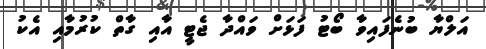
އަލްޔާ ބުނެފައިވާ ބޯޓު ފަޅަށް ވައްދާ ޖެޓީ އާއި ގާތް ކުރުމާއި އެކު